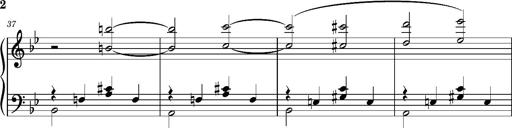
Title: TrÃ¼be Wolken
Composer: Franz Liszt